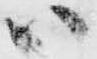
ハ